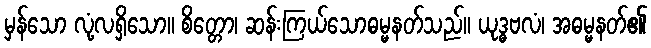
မှန်သော လုံ့လရှိသော။ စိတ္တော၊ ဆန်းကြယ်သောဓမ္မနတ်သည်။ ယုဒ္ဓဗလံ၊ အဓမ္မနတ်၏